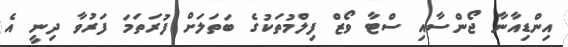
އިންޑިއާނާ ޖޯންސާއި ސްޓާ ވޯޒް ފިލްމުތަކުގެ ބަތަލަށް ފުރަތަމަ ފަރުވާ ދިނީ އެ